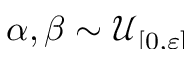
\alpha , \beta \sim \smash { \mathcal { U } _ { [ 0 , \varepsilon ] } }